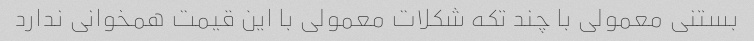
بستنی معمولی با چند تکه شکلات معمولی با این قیمت همخوانی ندارد